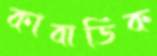
কাবাডিক